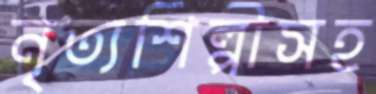
নৃত্যশিল্পীসহ